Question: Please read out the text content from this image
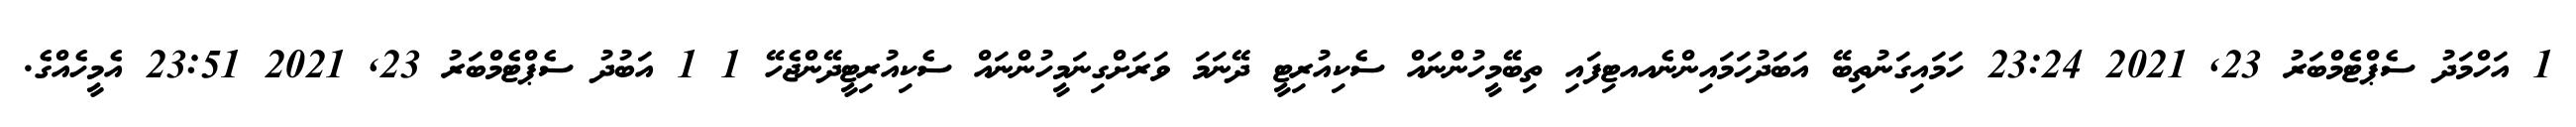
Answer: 1 އަހްމަދު ސެޕްޓެމްބަރު 23, 2021 23:24 ހަމައިގަނުތިބޭ އަބަދުހަމައިންނެއއޓިފައި ތިބޭމީހުންނައް ސެކިއުރިޓީ ދޭނަމަ ވަރަށްގިނަމީހުންނައް ސެކިއުރިޓީދޭންޖެހޭ 1 1 އަބުދު ސެޕްޓެމްބަރު 23, 2021 23:51 އެމީހެއްގެ.